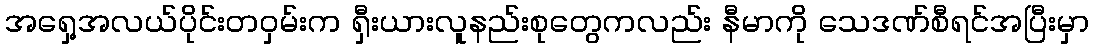
အရှေ့အလယ်ပိုင်းတဝှမ်းက ရှီးယားလူနည်းစုတွေကလည်း နီမာကို သေဒဏ်စီရင်အပြီးမှာ